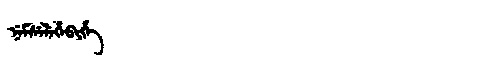
Manchu: ᠨᡝᠮᠰᡝᠯᡝᡥᡝᠪᡳᡥᡝ
Romanization: NEMSELEHEBIHE